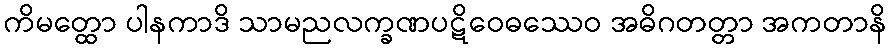
ကိမတ္ထော ပါနကာဒိ သာမညလက္ခဏပဋိဝေဓဿေဝ အဓိဂတတ္တာ အကတာနိ